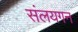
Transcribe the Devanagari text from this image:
संलयगन